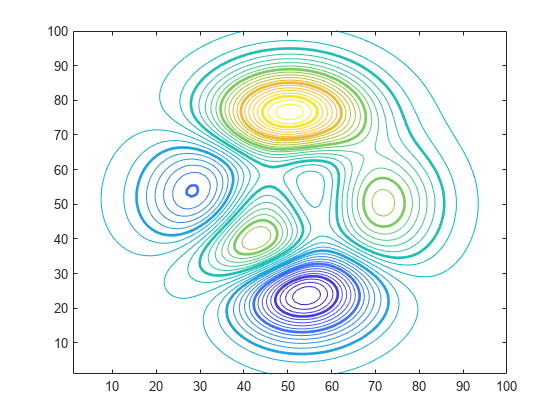
matlab, contour